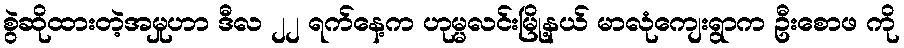
စွဲဆိုထားတဲ့အမှုဟာ ဒီလ ၂၂ ရက်နေ့က ဟုမ္မလင်းမြို့နယ် မာလုံကျေးရွာက ဦးစောဖ ကို